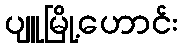
ပျူမြို့ဟောင်း